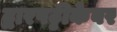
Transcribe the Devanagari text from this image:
द्वारपट्टीकेवर